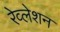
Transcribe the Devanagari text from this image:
रेव्लेशन